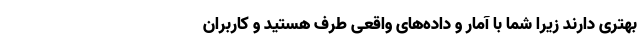
بهتری دارند زیرا شما با آمار و داده‌های واقعی طرف هستید و کاربران